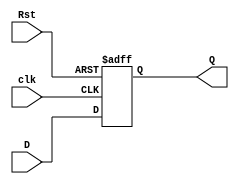
module d_ff(input wire clk,
input wire D,
input Rst,
output reg Q);
 always@(negedge Rst or posedge clk)
 begin
 if(!Rst)
 Q=0;
 else
 Q=D;
 end
 endmodule